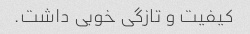
کیفیت و تازگی خوبی داشت.